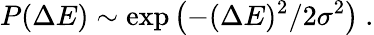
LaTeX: P(\Delta E)\sim\exp\left(-(\Delta E)^{2}/2\sigma^{2}\right)\ .